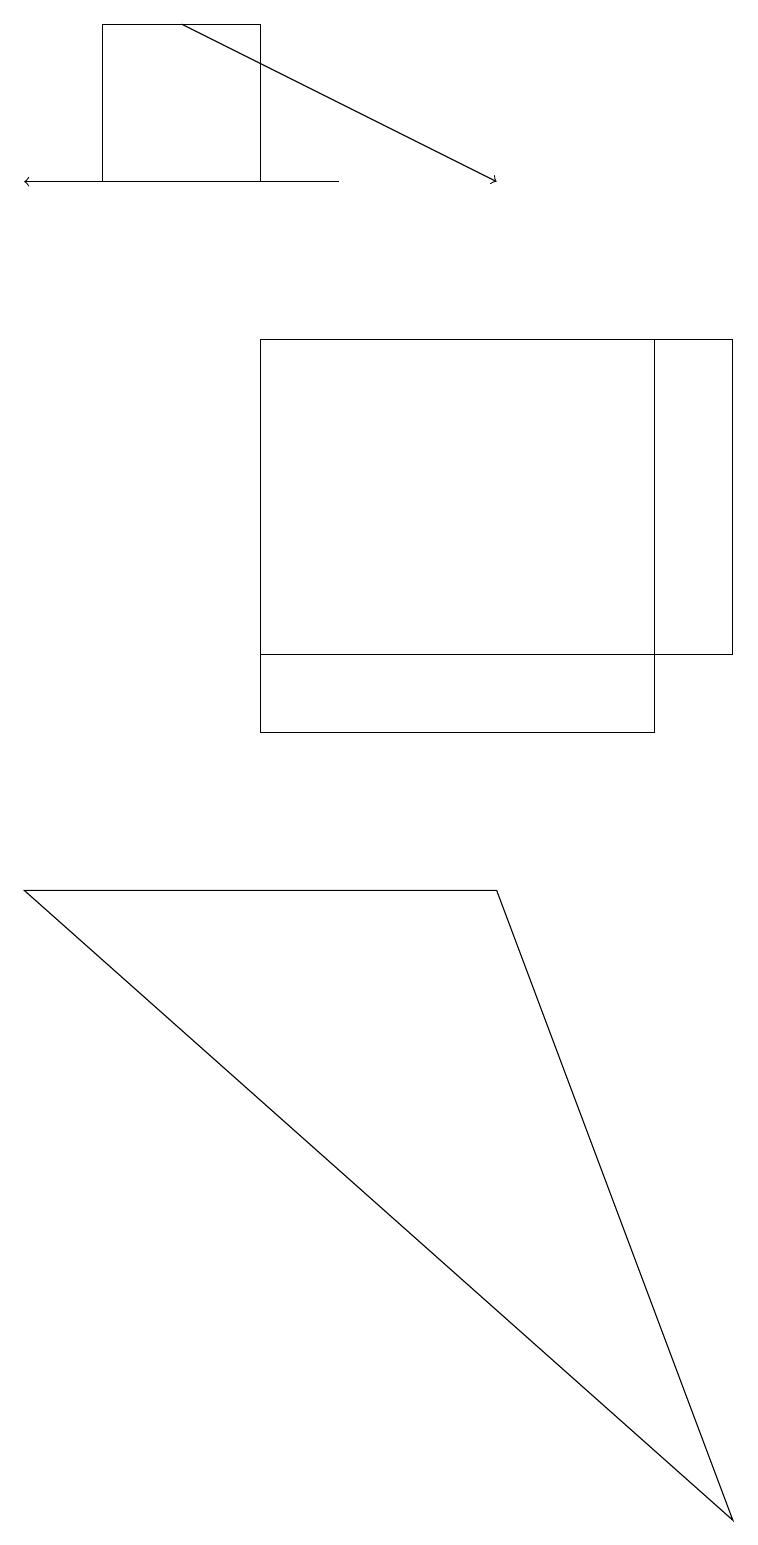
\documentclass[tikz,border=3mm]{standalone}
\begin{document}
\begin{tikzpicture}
\draw (1,17) rectangle (3,19);
\draw[->] (4,17) -- (0,17);
\draw (8,10) rectangle (3,15);
\draw (6,8) -- (0,8) -- (9,0) -- cycle;
\draw (9,11) rectangle (3,15);
\draw[->] (2,19) -- (6,17);
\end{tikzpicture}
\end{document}